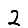
Digit: 2